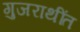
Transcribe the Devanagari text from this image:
गुजराथींत